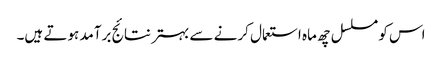
اس کو مسلسل چھ ماہ استعمال کرنے سے بہتر نتائج برآمد ہوتے ہیں۔